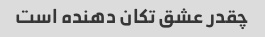
چقدر عشق تکان دهنده است